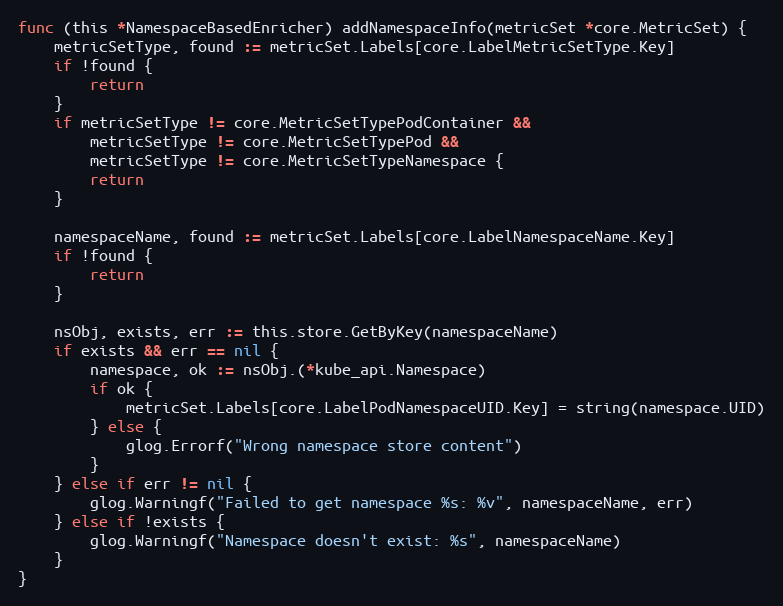
Language: Go
func (this *NamespaceBasedEnricher) addNamespaceInfo(metricSet *core.MetricSet) {
	metricSetType, found := metricSet.Labels[core.LabelMetricSetType.Key]
	if !found {
		return
	}
	if metricSetType != core.MetricSetTypePodContainer &&
		metricSetType != core.MetricSetTypePod &&
		metricSetType != core.MetricSetTypeNamespace {
		return
	}

	namespaceName, found := metricSet.Labels[core.LabelNamespaceName.Key]
	if !found {
		return
	}

	nsObj, exists, err := this.store.GetByKey(namespaceName)
	if exists && err == nil {
		namespace, ok := nsObj.(*kube_api.Namespace)
		if ok {
			metricSet.Labels[core.LabelPodNamespaceUID.Key] = string(namespace.UID)
		} else {
			glog.Errorf("Wrong namespace store content")
		}
	} else if err != nil {
		glog.Warningf("Failed to get namespace %s: %v", namespaceName, err)
	} else if !exists {
		glog.Warningf("Namespace doesn't exist: %s", namespaceName)
	}
}